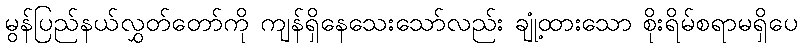
မွန်ပြည်နယ်လွှတ်တော်ကို ကျန်ရှိနေသေးသော်လည်း ချုံ့ထားသော စိုးရိမ်စရာမရှိပေ